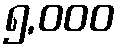
၅,၀၀၀